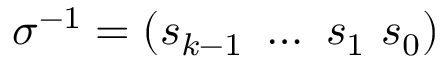
\sigma ^ { - 1 } = ( s _ { k - 1 } ~ \dots ~ s _ { 1 } ~ s _ { 0 } )